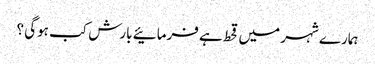
ہمارے شہر میں قحط ہے فرمائیے بارش کب ہوگی ؟